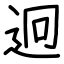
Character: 迥